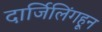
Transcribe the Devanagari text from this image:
दार्जिलिंगहून